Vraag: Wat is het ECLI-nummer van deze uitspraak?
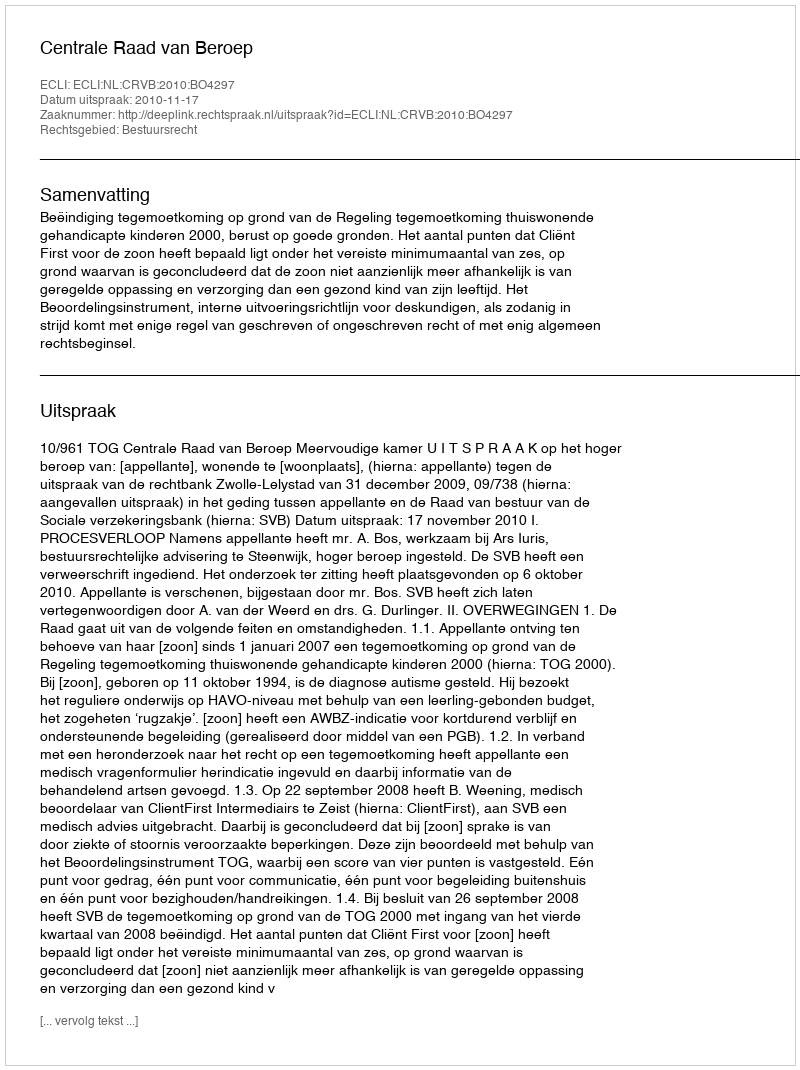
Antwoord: ECLI:NL:CRVB:2010:BO4297